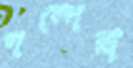
গল্পেরা